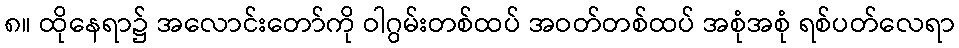
၈။ ထိုနေရာ၌ အလောင်းတော်ကို ဝါဂွမ်းတစ်ထပ် အဝတ်တစ်ထပ် အစုံအစုံ ရစ်ပတ်လေရာ